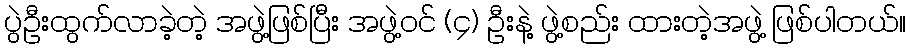
ပွဲဦးထွက်လာခဲ့တဲ့ အဖွဲ့ဖြစ်ပြီး အဖွဲ့ဝင် (၄) ဦးနဲ့ ဖွဲ့စည်း ထားတဲ့အဖွဲ့ ဖြစ်ပါတယ်။